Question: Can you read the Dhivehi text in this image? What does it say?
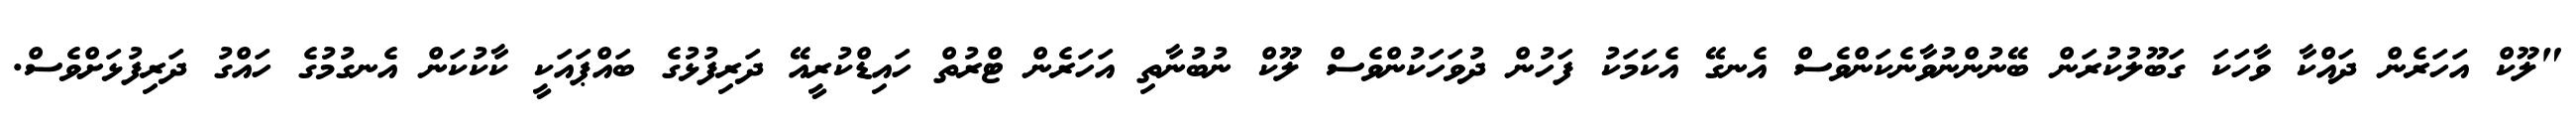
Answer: "ލޫކް އަހަރެން ދައްކާ ވާހަކަ ގަބޫލުކުރަން ބޭނުންނުވާނެކަންވެސް އެނގޭ އެކަމަކު ފަހުން ދުވަހަކުންވެސް ލޫކް ނުބުނާތި އަހަރެން ޓްރުތް ހައިޑްކުރީއޭ ދަރިފުޅުގެ ބައްޕައަކީ ކާކުކަން އެނގުމުގެ ހައްގު ދަރިފުޅަށްވެސް.